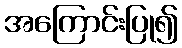
အကြောင်းပြု၍